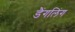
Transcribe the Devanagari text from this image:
डैंगलिंग